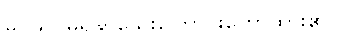
မဂ်ဖိုလ်မရနိုင်သေးကြောင်းဟောထား၏။